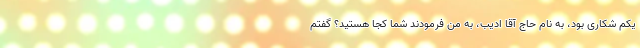
یکم شکاری بود، به نام حاج آقا ادیب، به من فرمودند شما کجا هستید؟ گفتم